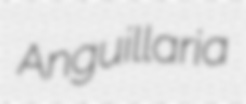
Anguillaria